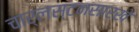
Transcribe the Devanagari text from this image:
चार्लस्टनसारखे